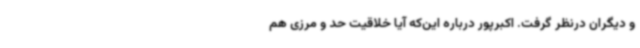
و دیگران درنظر گرفت. اکبرپور درباره این‌که آیا خلاقیت حد و مرزی هم